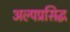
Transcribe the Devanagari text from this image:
अल्पप्रसिद्ध